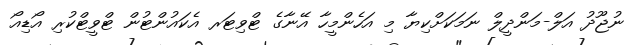
ނުޖޫދު އަލް-މަންދީލް ނަމަކަށްކިޔާ މި އަހެންމީހާ އޭނާގެ ޓްވިޓަރ އެކައުންޓުން ޓްވީޓްކުރި އޯޑިއޯ